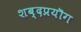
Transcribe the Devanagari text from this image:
शब्दप्रयॊग